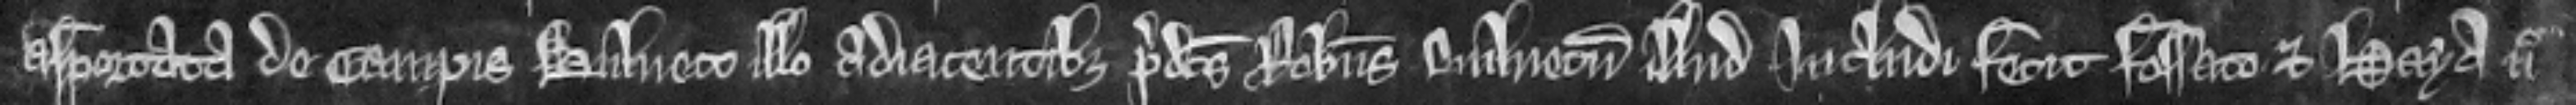
asportata de campis bulneto illo adiacentibus predictus Robertus bulnetum illud Includi fecit fossato et Haya nec